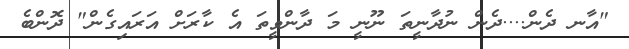
"އާނ ދެން....ދެން ނުދާނީތަ ނޫނީ މަ ދާންވީތަ އެ ކާރަށް އަރައިގެން" ދޮންބެ